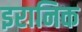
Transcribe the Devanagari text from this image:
इरानिक